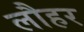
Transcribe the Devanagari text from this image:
लौहर